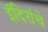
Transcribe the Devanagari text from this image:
इंदिरांचे